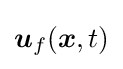
{\boldsymbol {u}}_{f}({\boldsymbol {x}},t)